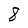
Character: 8